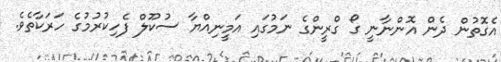
އެގޮތުން ދެން އޮންނާނީ ގޯ ގްރީންގެ ނަމުގައި އަމީނިއްޔާ ސުކޫލް ފެހިކުރުމުގެ ހަރަކާތެވެ.